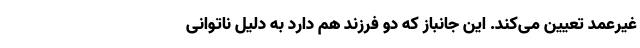
غیرعمد تعیین می‌کند. این جانباز که دو فرزند هم دارد به دلیل ناتوانی